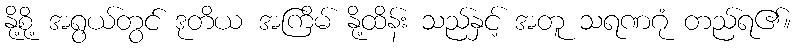
နို့စို့ အရွယ်တွင် ဒုတိယ အကြိမ် နို့ထိန်း သည်နှင့် အတူ သရဏဂုံ တည်ရ၏။